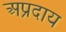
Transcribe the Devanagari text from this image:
अप्रदाय